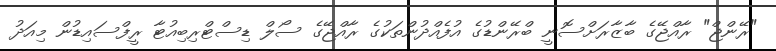
"ރޭންޖް" ރާއްޖޭގެ ބާޒާރަށްސޮނީ ބްރޭންޑުގެ އުފެއްދުންތަކުގެ ރާއްޖޭގެ ސޯލް ޑިސްޓްރިބިއުޓާ ރީފްސައިޑުން މިއަދު